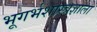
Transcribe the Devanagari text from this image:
भूगर्भशास्त्रज्ञाला